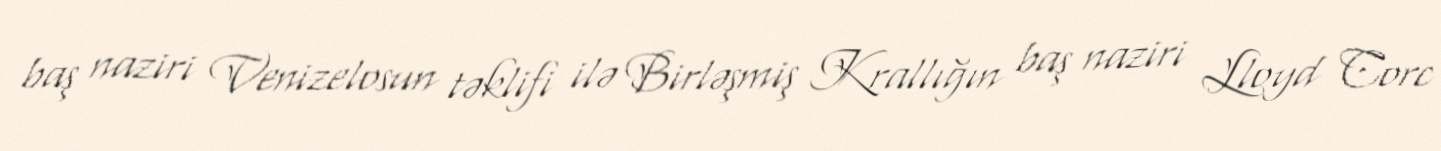
baş naziri Venizelosun təklifi ilə Birləşmiş Krallığın baş naziri Lloyd Corc